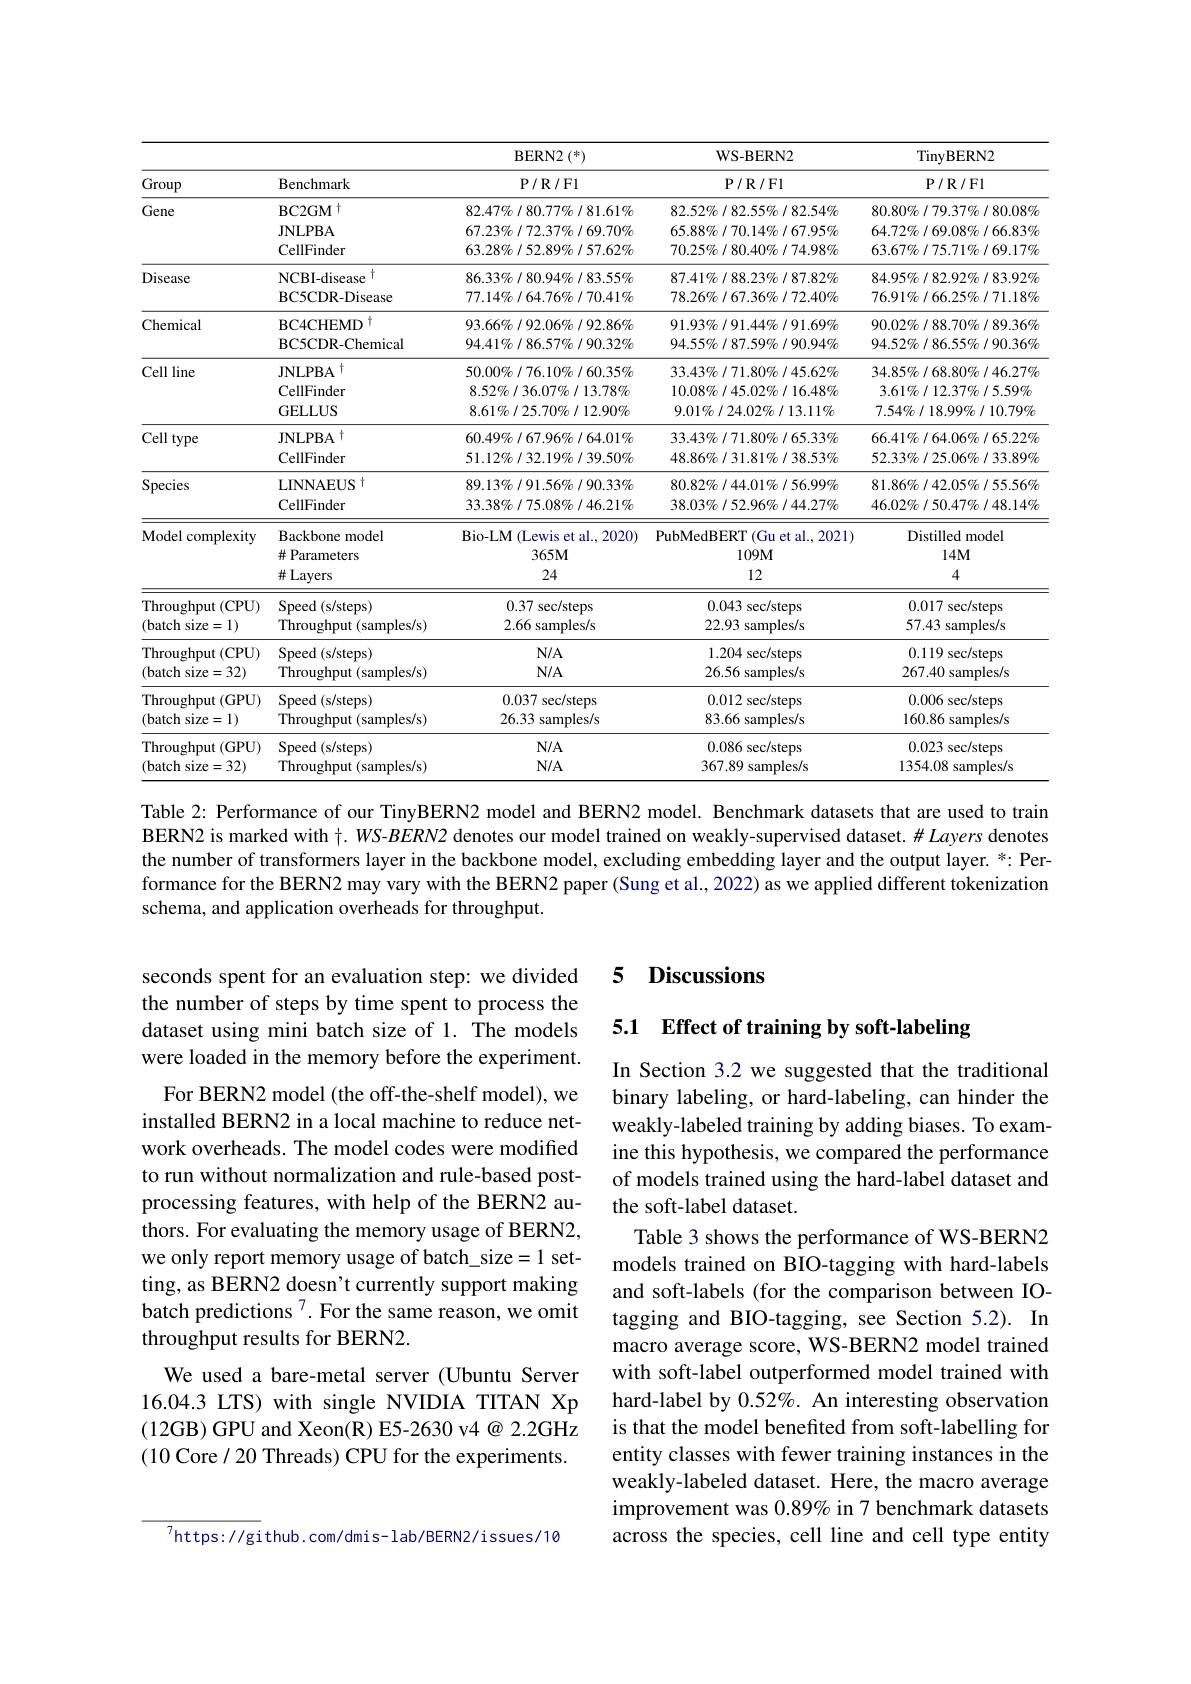
<table>
	<tbody>
		<tr>
			<th rowspan="2">Group</th>
			<th> </th>
			<th>$\operatorname{BERN2}\left(^{*}\right)$</th>
			<th>WS-BERN2</th>
			<th rowspan="2">TinyBERN2 $\mathbf{P}/\mathbf{R}/\mathbf{F}1$</th>
		</tr>
		<tr>
			<th>Benchmark</th>
			<th>$\mathbf{P}/\mathbf{R}/$Fl</th>
			<th>$\mathbf{P}/\mathbf{R}/$Fl</th>
		</tr>
		<tr>
			<td>Gene</td>
			<td>$\mathrm{BC2GM}^{\dagger}$ JNLPBA CellFinder</td>
			<td>$82.47\%/80.77\%/81.61\%$ $67.23\%/72.37\%/69.70\%$ $63.28\%/52.89\%/57.62\%$</td>
			<td>$82.52\%/82.55\%/82.54\%$ $65.88\%/70.14\%/67.95\%$ $70.25\%/80.40\%/74.98\%$</td>
			<td>$80.80\%/79.37\%/80.08\%$ $64.72\%/69.08\%/66.83\%$ $63.67\%/75.71\%/69.17\%$</td>
		</tr>
		<tr>
			<td>Disease</td>
			<td>2 NCBI-disease BC5CDR- Disease</td>
			<td>$86.33\%/80.94\%/83.55\%$ $77.14\%/64.76\%/70.41\%$</td>
			<td>$87.41\%/88.23\%/87.82\%$ $78.26\%/67.36\%/72.40\%$</td>
			<td>$84.95\%/82.92\%/83.92\%$ $76.91\%/66.25\%/71.18\%$</td>
		</tr>
		<tr>
			<td>Chemical</td>
			<td>BC4CHEMD BC5CDR-Chemical</td>
			<td>$93.66\%/92.06\%/92.86\%$ $94.41\%/86.57\%/90.32\%$</td>
			<td>$91.93\%/91.44\%/91.69\%$ $94.55\%/87.59\%/90.94\%$</td>
			<td>$90.02\%/88.70\%/89.36\%$ $94.52\%/86.55\%/90.36\%$</td>
		</tr>
		<tr>
			<td>Cell line</td>
			<td>$\mathrm{JNLPBA}^{\dagger}$ CellFinder GELLUS</td>
			<td>$50.00\%/76.10\%/60.35\%$ $8.52\%/36.07\%/13.78\%$ $8.61\%/25.70\%/12.90\%$</td>
			<td>$33.43\%/71.80\%/45.62\%$ $10.08\%/45.02\%/16.48\%$ $9.01\%/24.02\%/13.11\%$</td>
			<td>$34.85\%/68.80\%/46.27\%$ $3.61\%/12.37\%/5.59\%$ $7.54\%/18.99\%/10.79\%$</td>
		</tr>
		<tr>
			<td>Cell type</td>
			<td>$\mathrm{JNLPBA}^{\dagger}$ CellFinder</td>
			<td>$60.49\%/67.96\%/64.01\%$ $51.12\%/32.19\%/39.50\%$</td>
			<td>$33.43\%/71.80\%/65.33\%$ $48.86\%/31.81\%/38.53\%$</td>
			<td>$66.41\%/64.06\%/65.22\%$ $52.33\%/25.06\%/33.89\%$</td>
		</tr>
		<tr>
			<td>Species</td>
			<td>LINNAEUS t CellFinder</td>
			<td>$89.13\%/91.56\%/90.33\%$ $33.38\%/75.08\%/46.21\%$</td>
			<td>$80.82\%/44.01\%/56.99\%$ $38.03\%/52.96\%/44.27\%$</td>
			<td>$81.86\%/42.05\%/55.56\%$ $46.02\%/50.47\%/48.14\%$</td>
		</tr>
		<tr>
			<td>Model complexity</td>
			<td>Backbone model $\#$ Parameters $\#$ Layers</td>
			<td>Bio-LM (Lewis et al., 2020) $365M$ 24</td>
			<td>PubMedBERT(Gu et al., 2021) $109M$ 12</td>
			<td>Distilled model $14M$ 4</td>
		</tr>
		<tr>
			<td>Throughput (CPU) (batch size=1)</td>
			<td>Speed ( s/ steps) Throughput (samples/s)</td>
			<td>0.37 sec/steps 2.66 samples/s</td>
			<td>0.043 sec/steps 22.93 samples/s</td>
			<td>0.017 sec/steps 57.43 samples/s </td>
		</tr>
		<tr>
			<td>Throughput (CPU) (batch size=32)</td>
			<td>Speed (s/steps) Throughput (samples/s)</td>
			<td>$N/A$ $N/A$</td>
			<td>1.204 sec/steps 26.56 samples/s</td>
			<td>0.119 sec/steps 267.40 samples/s</td>
		</tr>
		<tr>
			<td>Throughput (GPU) (batch size=1)</td>
			<td>$\operatorname{Speed}($s/steps) Throughput (samples/s)</td>
			<td>0.037 sec/steps 26.33 3 samples/s</td>
			<td>0.012 sec/steps 83.66 samples/s</td>
			<td>0.006 sec/steps 160.86 samples/s</td>
		</tr>
		<tr>
			<td>Throughput (GPU) (batch $\textbf{size}= 32)$</td>
			<td>Speed (s/steps) Throughput (samples/s)</td>
			<td>$N/A$ $N/A$</td>
			<td>0.086 sec/steps 367.89 $\theta$ samples/s</td>
			<td>0.023 sec/steps 1354.08 samples/s</td>
		</tr>
	</tbody>
</table>

Table 2: Performance of our TinyBERN2 model and BERN2 model. Benchmark datasets that are used to train BERN2 is marked with $\dagger.W$S-$BERN2$ denotes our model trained on weakly-supervised dataset. $\#La$yers denotes the number of transformers layer in the backbone model, excluding embedding layer and the output layer. *: Performance for the BERN2 may vary with the BERN2 paper (Sung et al., 2022) as we applied different tokenization schema, and application overheads for throughput.

## 5 Discussions

seconds spent for an evaluation step: we divided the number of steps by time spent to process the dataset using mini batch size of 1. The models were loaded in the memory before the experiment.

## 5.1 Effect of training by soft-labeling

For BERN2 model (the off-the-shelf model), we installed BERN2 in a local machine to reduce network overheads. The model codes were modified to run without normalization and rule-based postprocessing features, with help of the BERN2 authors. For evaluating the memory usage of BERN2, we only report memory usage of batch\_size\_1 setting, as BERN2 doesn't currently support making batch predictions $^{7}.$ For the same reason, we omit throughput results for BERN2.
We used a bare-metal server (Ubuntu Server 16.04.3 LTS) with single NVIDIA TITAN Xp (12GB) GPU and Xeon(R) E5-2630 v4 @ 2.2GHz (10 Core/ 20 Threads) CPU for the experiments.

In Section 3.2 we suggested that the traditional binary labeling, or hard-labeling, can hinder the weakly-labeled training by adding biases. To examine this hypothesis, we compared the performance of models trained using the hard-label dataset and the soft-label dataset.
Table 3 shows the performance of WS-BERN2 models trained on BIO-tagging with hard-labels and soft-labels (for the comparison between IOtagging and BIO-tagging, see Section 5.2). In macro average score, WS-BERN2 model trained with soft-label outperformed model trained with hard-label by $0.52\%.$ An interesting observation is that the model benefited from soft-labelling for entity classes with fewer training instances in the weakly-labeled dataset. Here, the macro average improvement was $0.89\%$ in 7 benchmark datasets across the species, cell line and cell type entity

$^{7}$https://github.com/dmis-lab/BERN2/issues/10